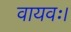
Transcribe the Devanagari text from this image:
वायवः।